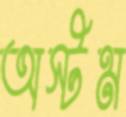
অস্টম